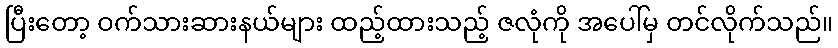
ပြီးတော့ ဝက်သားဆားနယ်များ ထည့်ထားသည့် ဇလုံကို အပေါ်မှ တင်လိုက်သည်။